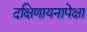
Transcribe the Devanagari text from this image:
दक्षिणायनापेक्षा